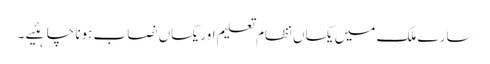
سارے ملک میں یکساں نظام تعلیم اور یکساں نصاب ہونا چاہئیے ۔